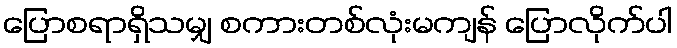
ပြောစရာရှိသမျှ စကားတစ်လုံးမကျန် ပြောလိုက်ပါ